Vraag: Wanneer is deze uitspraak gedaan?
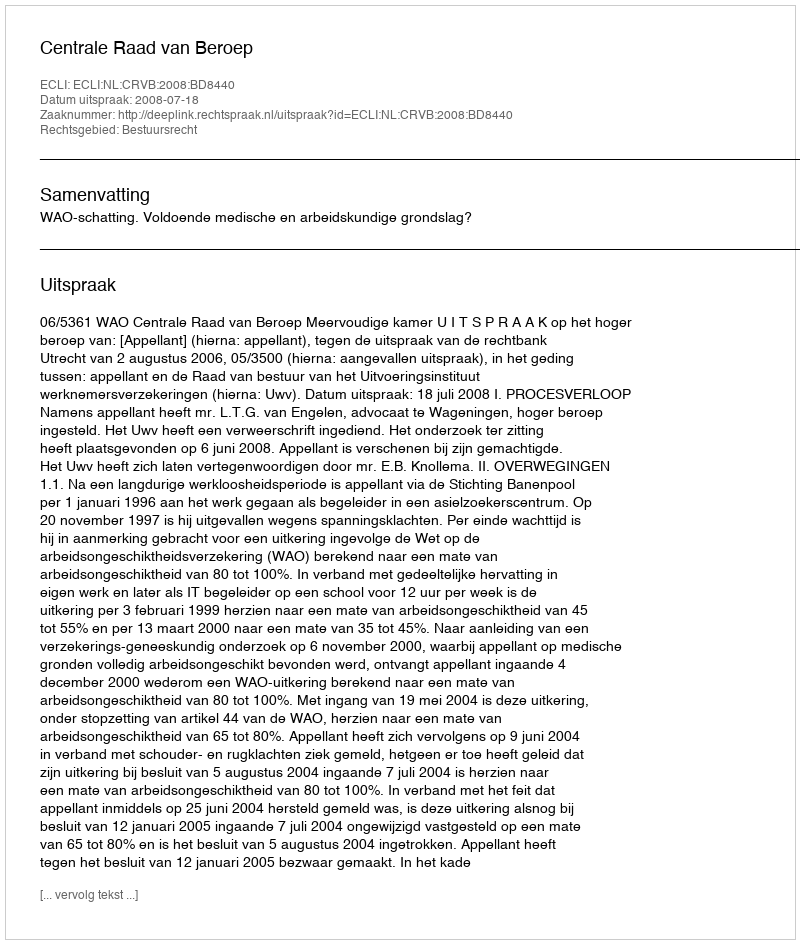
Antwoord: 2008-07-18